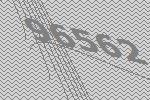
96562